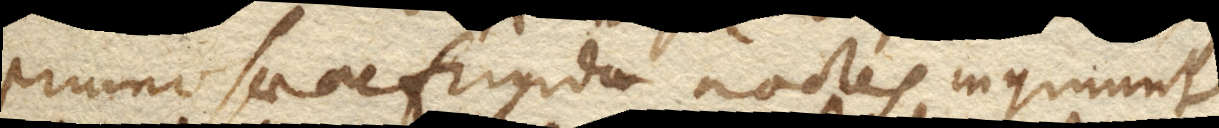
pruinosae ac frigidae noctes ingruunt,